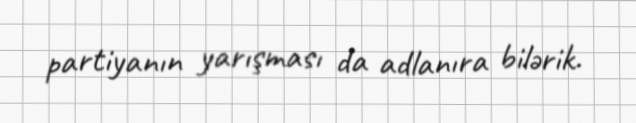
partiyanın yarışması da adlanıra bilərik.